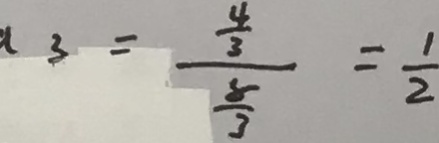
a _ { 3 } = \frac { \frac { 4 } { 3 } } { \frac { 8 } { 3 } } = \frac { 1 } { 2 }